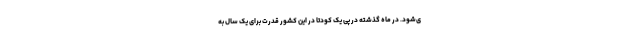
ی‌شود. در ماه گذشته در پی یک کودتا در این کشور قدرت برای یک سال به